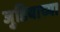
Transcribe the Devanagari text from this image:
जुडियाच्या